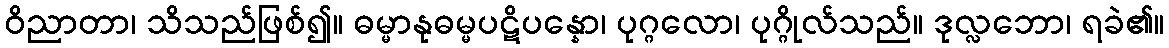
ဝိညာတာ၊ သိသည်ဖြစ်၍။ ဓမ္မာနုဓမ္မပဋိပန္နော၊ ပုဂ္ဂလော၊ ပုဂ္ဂိုလ်သည်။ ဒုလ္လဘော၊ ရခဲ၏။